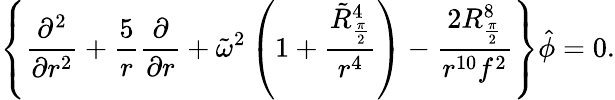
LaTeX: \left\{ {\frac{\partial^{2}}{\partial r^{2}}}+{\frac{5}{r}}{\frac{\partial}{\partial r}}+\tilde{\omega}^{2}\left(1+{\frac{\tilde{R}_{\frac{\pi}{2}}^{4}}{r^{4}}}\right)-{\frac{2R_{\frac{\pi}{2}}^{8}}{r^{10}f^{2}}}\right\} \hat{\phi}=0.